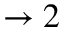
\rightarrow 2